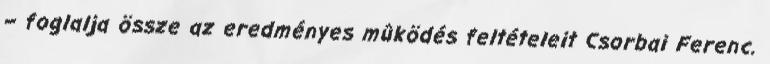
– foglalja össze az eredményes mûködés feltételeit Csorbai Ferenc.